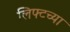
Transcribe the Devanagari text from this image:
लिफ्टच्या